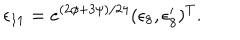
\epsilon _ { 1 1 } = e ^ { ( 2 \phi + 3 \psi ) / 2 4 } ( \epsilon _ { 8 } , \epsilon _ { 8 } ^ { \prime } ) ^ { T } .